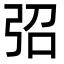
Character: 弨